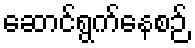
ဆောင်ရွက်နေစဉ်